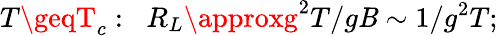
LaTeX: T\geqT_{c}:\; \; R_{L}\approxg^{2}T/g\mathit{B}\sim1/g^{2}T;